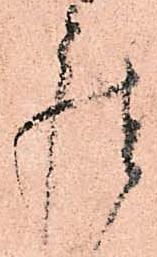
座